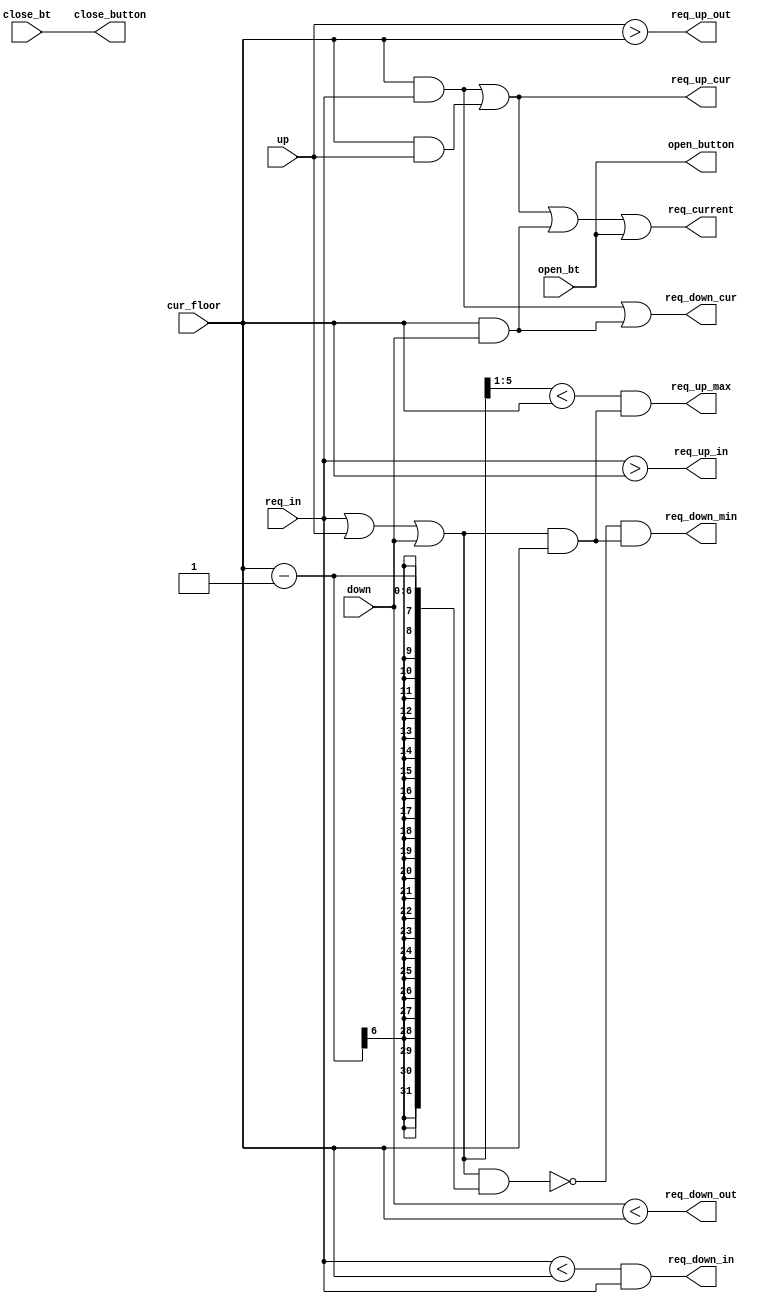
module ProcessingRequest
	#(parameter n=6)
	(
	input [n-1:0] cur_floor,
	input [n-1:0] req_in, up, down,
	input open_bt, close_bt,// tin hieu yeu cau mo cua
	output reg req_up_in, req_down_in,
	output reg req_up_out, req_down_out, //require_out
	output reg req_up_max, req_down_min,
	output reg req_down_cur,req_up_cur, req_current,
	output reg open_button, close_button
	);
	
	reg max_req_in, max_require;
	reg min_req_in, min_require;
	
	always@(cur_floor or req_in or up or down or open_bt or close_bt)
	begin	
		//*** req = !((!(up | req_in| down)) & (~open_bt)); //***
		req_current = (cur_floor & req_in) || (cur_floor & up) || (cur_floor & down) || (open_bt == 1'b1) ; 
		req_up_in = (req_in > cur_floor) ; 
		req_down_in = (req_in < cur_floor ) && (req_in); 
		req_up_out = (up > cur_floor ) ; //********c// yeu cau ben ngoai ln hn tang hien tai
		req_down_out =(down < cur_floor ) ; ///*********c// yeu cau ben ngoai nho hon yeu cau tang hien tai ; 
		
		//max_req_in = ((req_in >> 1) < (cur_floor)) && (req_in & cur_floor);//kiem tra xem cac yeu cau co nho hon tang hien tai---- kiem tra xem co yeu cau hien tai hay khong
		//max_require = (((req_in|up|down) >>1) < cur_floor) && ((req_in|up|down) & cur_floor);
		//req_up_max = max_req_in | max_require;
		
		req_up_max = (((req_in|up|down) >>1) < cur_floor) && ((req_in|up|down) & cur_floor);
		
		//min_req_in = (!(req_in  & (cur_floor - 1))) && (req_in & cur_floor);
		//min_require = (!((req_in|up|down) & (cur_floor - 1))) && ((req_in|up|down) & cur_floor);
		//req_down_min = min_req_in | min_require;
		req_down_min = (!((req_in|up|down) & (cur_floor - 1))) && ((req_in|up|down) & cur_floor);
		
		req_up_cur = (cur_floor & req_in) || (cur_floor & up) ; 
		req_down_cur = (cur_floor & req_in) || (cur_floor & down); 	
		open_button = open_bt; 
		close_button = close_bt; 
	end
	
endmodule